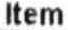
ITEM